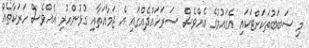
މި ސަބަބުތަކަށްޓަކައި އެގައުމުގެ އެއްވެސް ސަރަހައްދެއްގައި އެ ޖަމާއަތާއި ގުޅުންހުރި އެއްވެސް ހަރަކާތެއް